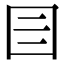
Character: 𡆨